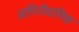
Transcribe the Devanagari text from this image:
आणिजैवाणिक